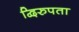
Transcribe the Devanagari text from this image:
द्विरुपता